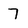
Character: 7